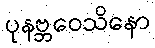
ပုနဗ္ဘဝေသိနော